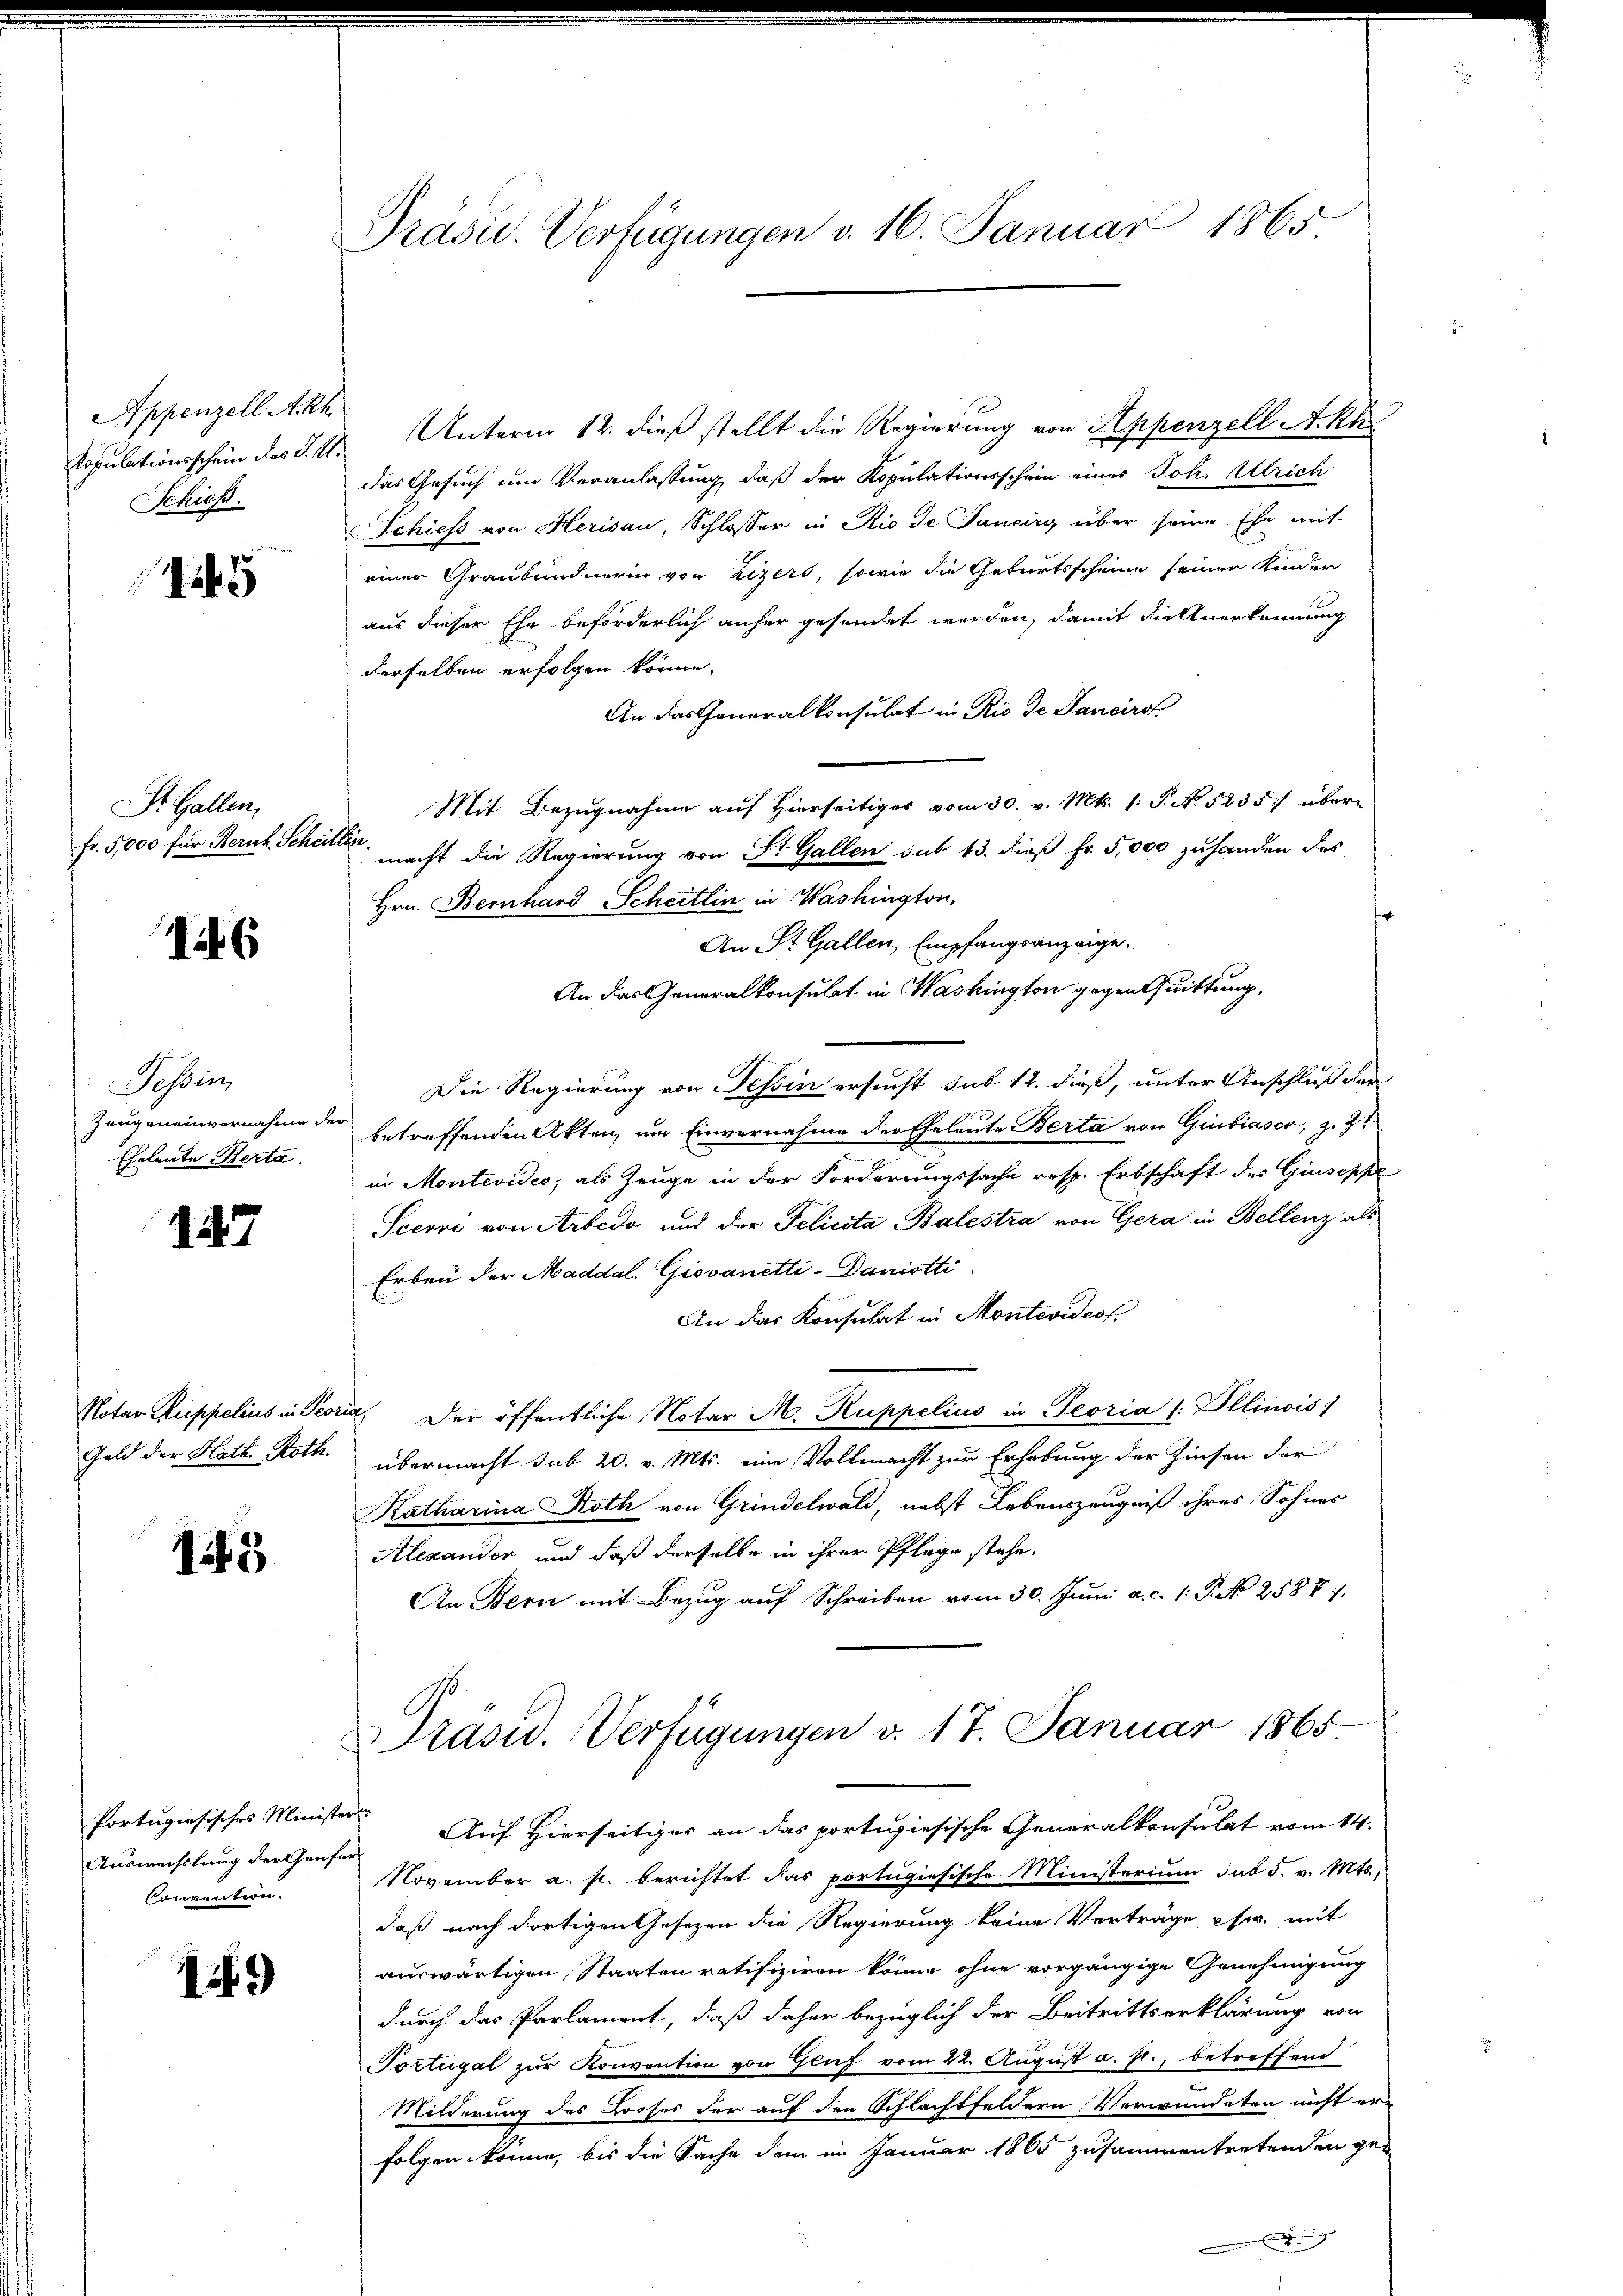
Appenzell A.Rh.
Ropulationsschein das P. M.
SSchieß.

1245

Str. Gallen,
fr. 5,000 für Bernk. Schei¬

146

Tessin
Zeugeneinvernahme der
Eheleute Berta

147

Geld der Hath Roth.

1245

Portugisisches Ministern
Auswechslung der Genfer
Convention.

15)

Präsid. Verfügungen d. 16. Januar 1865

Unterm 12. dieß stellt die Regierung von Appenzell A. Kur
Das Gesuch um Veranlassung, daß der Kopulationsschein einer Joh. Ulrich
Schiess von Herisau, Schlosser in Rio de Janeirg über seine Ehe mit
einer Graubündnerin von Zizers, sowie die Geburtsscheine seiner Kinder
aus dieser Ehe beförderlich anher gesendet werden, damit die Anerkennung
derselben erfolgen könne.
An das Generalkonsulat in Rio de Janciro
Mit Bezugnahme auf Hierseitiges vom 30. v. Mts. 1. P. No. 5235. übere
.
macht die Regierung von St. Gallen sub 13. dieß fr. 5,000 zuhanden das
Hrn. Bernhard Scheitlin in Washington,
An St. Gallen Empfangsanzeige.
An das Generalkonsulat in Washington gegen Quittung,
Die Regierung von Tessin ersucht sub 12. dieß, unter Anschluß der
betreffenden Akten, um Einvernahme der Eheleute Berta von Giubiasco, z. Zt
in Montevideo, als Zeuge in der Forderungssache resp. Erbschaft des Giuseppe
Sccovi von Arbedo und der Pelicita Balestra von Gera in Bellenz als
Erben der Maddal. Giovanetti-Daniotti
An das Konsulat in Montevideof.
Notar Ruppelius in Peoria, der öffentliche Notar M. Ruppelius in Peoria (: Illinois)
übermacht sub 20. v. Mts. eine Vollmacht zur Erhebung der Zinsen der
Katharina Roth von Grindelwald, nebst Lebenszeugniß ihres Sohnes
Alexander und daß derselbe in ihrer Pflege stehe.
An Bern mit Bezug auf Schreiben vom 30. Juni a. c. 1. P. No 2587/
Präsid. Verfügungen v. 17. Januar 1865
Auf Hierseitiges an das portihiesische Generalkonsulat vom 14.
November a. p. berichtet das portugisische Ministerium sub 5. v. Mts.,
daß nach dortigen Gesezen die Regierung keine Verträge usw. mit
auswärtigen, Staaten ratifiziren könne ohne vorgängige Genehmigung
durch das Parlament, daß daher bezüglich der Beitrittserklärung von
Portugal zur Konvention von Gluf vom 22. August a. p., betreffend
Milderung des Looses der auf den Schlachtfeldern Verwundeten nicht er-
folgen könne, bis die Sache dem im Januar 1865 zusammentretenden ge-